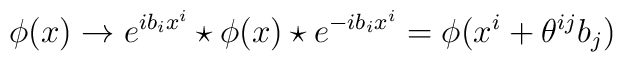
\phi (x) \rightarrow e^{ib_ix^i}\star \phi (x) \star e^{-ib_ix^i} = \phi(x^i+\theta^{ij}b_j)